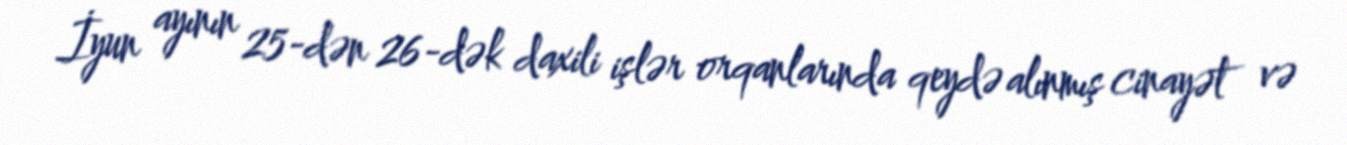
İyun ayının 25-dən 26-dək daxili işlər orqanlarında qeydə alınmış cinayət və